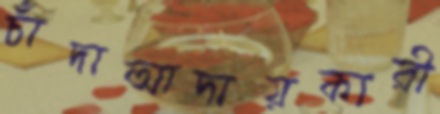
চাঁদাআদায়কারী